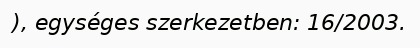
), egységes szerkezetben: 16/2003.